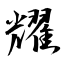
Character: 耀